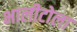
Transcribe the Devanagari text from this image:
भालीटोला